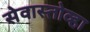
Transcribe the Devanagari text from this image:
सेवास्तोव्हा